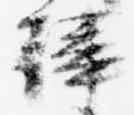
韓